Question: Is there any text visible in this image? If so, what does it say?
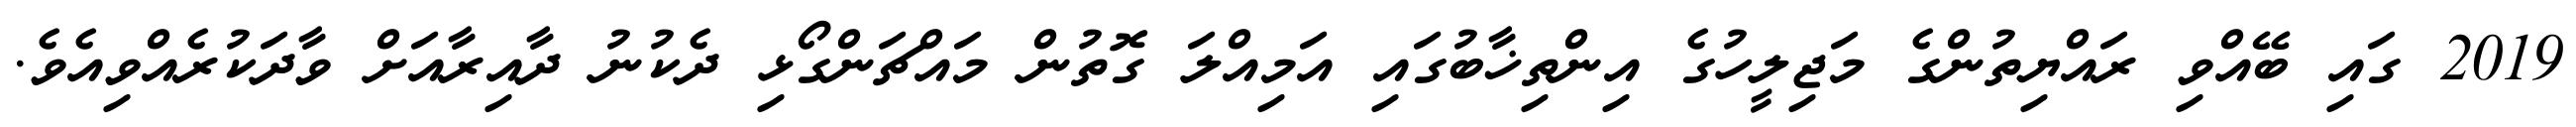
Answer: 2019 ގައި ބޭއްވި ރައްޔިތުންގެ މަޖިލީހުގެ އިންތިޚާބުގައި އަމިއްލަ ގޮތުން މައްޗަންގޯޅި ދެކުނު ދާއިރާއަށް ވާދަކުރެއްވިއެވެ.